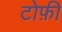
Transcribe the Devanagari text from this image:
टोफ़ी